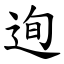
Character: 迿